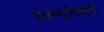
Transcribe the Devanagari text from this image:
डबल्यूजेएसवी